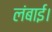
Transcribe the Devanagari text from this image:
लंबाई।